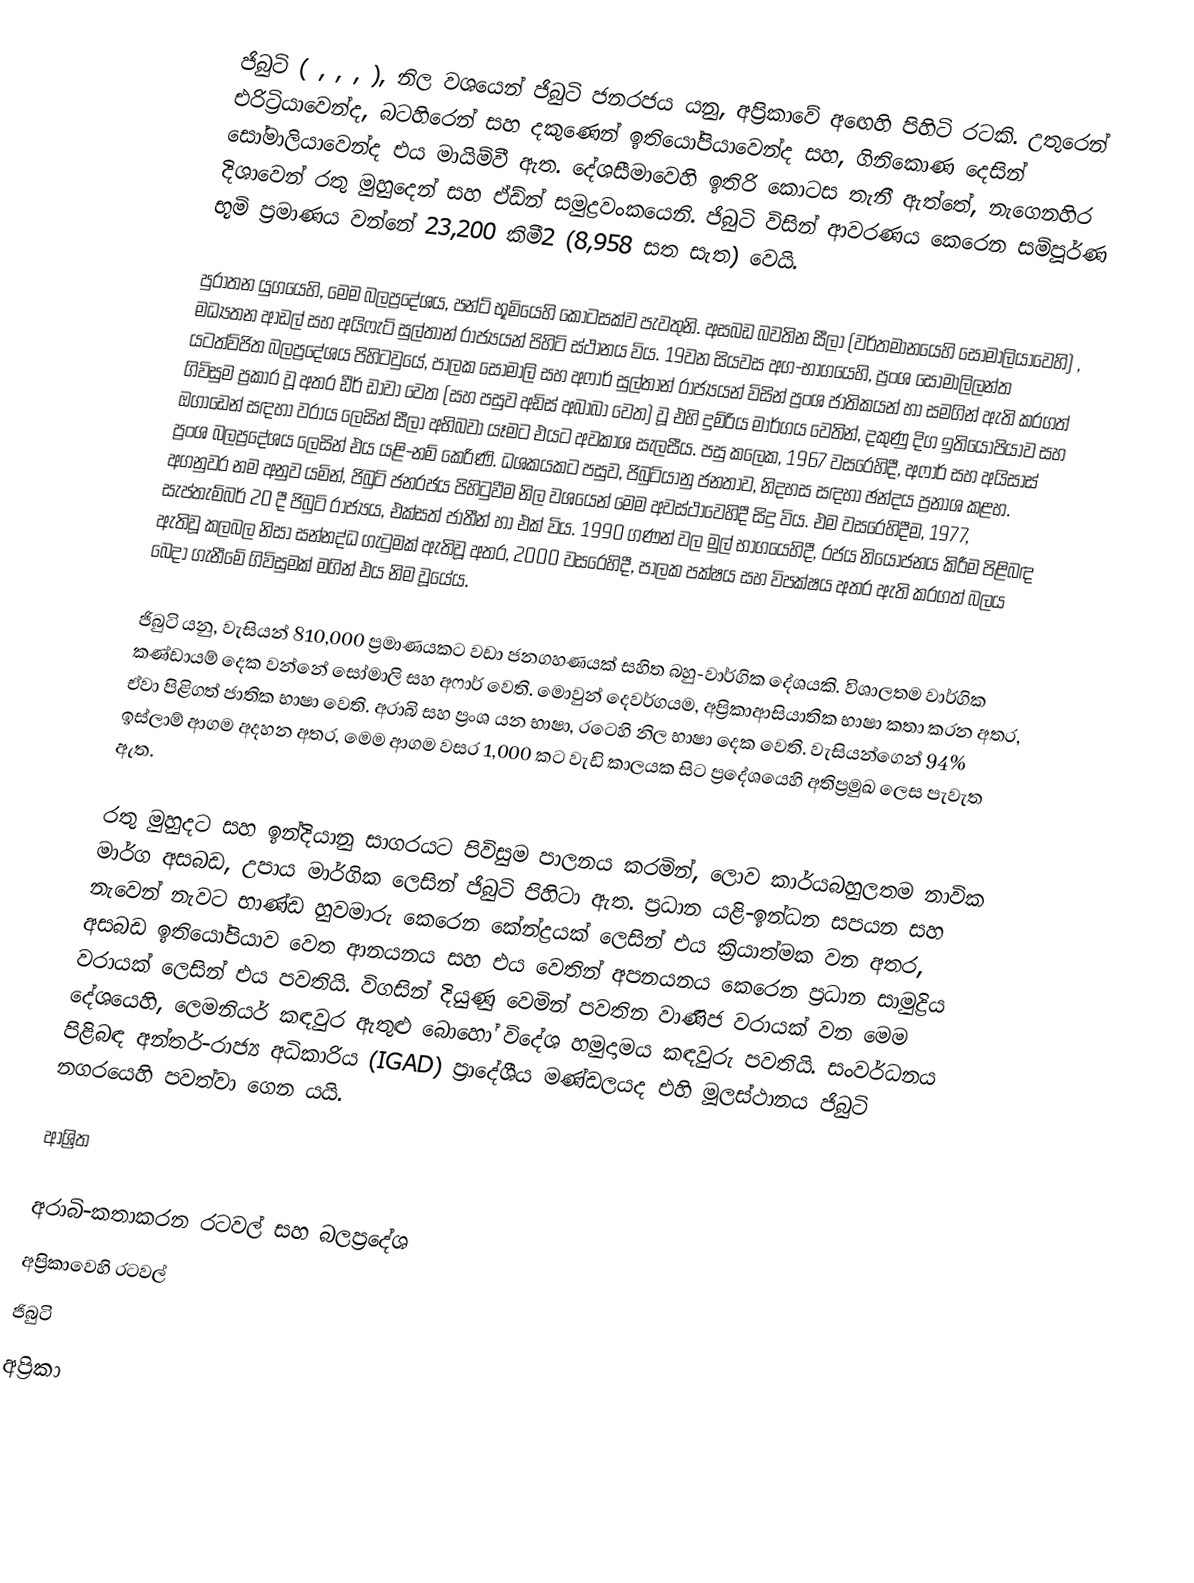
ජිබුටි ( , , , ), නිල වශයෙන්  ජිබුටි ජනරජය  යනු,  අප්‍රිකාවේ අඟෙහි පිහිටි රටකි. උතුරෙන්  එරිට්‍රියාවෙන්ද, බටහිරෙන් සහ දකුණෙන් ඉතියෝපියාවෙන්ද සහ, ගිනිකොණ දෙසින් සෝමාලියාවෙන්ද එය මායිම්වී ඇත.  දේශසීමාවෙහි ඉතිරි කොටස තැනී ඇත්තේ, නැගෙනහිර දිශාවෙන්  රතු මුහුදෙන් සහ ඒඩ්න් සමුද්‍රවංකයෙනි.  ජිබුටි විසින් ආවරණය කෙරෙන සම්පූර්ණ භූමි ප්‍රමාණය වන්නේ 23,200 කිමී2 (8,958 සත සැත)  වෙයි.

පුරාතන යුගයෙහි, මෙම බලප්‍රදේශය, පන්ට් භූමියෙහි කොටසක්ව පැවතුනි.  අසබඩ බවතින සීලා (වර්තමානයෙහි සෝමාලියාවෙහි) , මධ්‍යතන ආඩල් සහ අයිෆැට් සුල්තාන් රාජ්‍යයන් පිහිටි ස්ථානය විය.  19වන සියවස අග-භාගයෙහි,  ප්‍රංශ සෝමාලිලන්ත යටත්විජිත බලප්‍රදේශය පිහිටවුයේ, පාලක සෝමාලි සහ අෆාර් සුල්තාන් රාජ්‍යයන් විසින් ප්‍රංශ ජාතිකයන් හා සමගින් ඇති කරගත් ගිවිසුම ප්‍රකාර වූ අතර  ඩීර් ඩාවා වෙත (සහ පසුව අඩිස් අබාබා වෙත) වූ එහි දුම්රිය මාර්ගය වෙතින්,  දකුණු දිග  ඉතියෝපියාව සහ ඔගාඩෙන් සඳහා වරාය ලෙසින් සීලා  අභිබවා යෑමට එයට අවකාශ සැලසීය.   පසු කලෙක, 1967 වසරෙහිදී,  අෆාර් සහ අයිසාස් ප්‍රංශ බලප්‍රදේශය ලෙසින් එය යළි-නම් කෙරිණි. ධශකයකට පසුව, ජිබුටියානු ජනතාව, නිදහස සඳහා ඡන්දය ප්‍රනාශ කළහ. අගනුවර නම අනුව යමින්, ජිබුටි ජනරජය පිහිටුවීම නිල වශයෙන් මෙම අවස්ථාවෙහිදී සිදු විය.  එම වසරෙහිදීම, 1977, සැප්තැම්බර් 20 දී ජිබුටි රාජ්‍යය, එක්සත් ජාතීන් හා එක් විය.  1990 ගණන් වල මුල් භාගයෙහිදී, රජය නියෝජනය කිරීම පිළිබඳ ඇතිවූ කලබල නිසා සන්නද්ධ ගැටුමක් ඇතිවූ අතර, 2000 වසරෙහිදී, පාලක පක්ෂය සහ විපක්ෂය අතර ඇති කරගත් බලය බෙදා ගැනීමේ ගිවිසුමක් මගින්  එය නිම වූයේය.

ජිබුටි යනු,  වැසියන් 810,000 ප්‍රමාණයකට වඩා  ජනගහණයක් සහිත  බහු-වාර්ගික දේශයකි.  විශාලතම වාර්ගික කණ්ඩායම් දෙක වන්නේ සෝමාලි සහ අෆාර් වෙති. මොවුන් දෙවර්ගයම, අප්‍රිකාආසියාතික භාෂා කතා කරන අතර, ඒවා පිළිගත් ජාතික භාෂා වෙති. අරාබි සහ ප්‍රංශ යන භාෂා, රටෙහි නිල භාෂා දෙක වෙති. වැසියන්ගෙන්  94% ඉස්ලාම් ආගම අදහන අතර, මෙම ආගම වසර 1,000 කට වැඩි කාලයක සිට ප්‍රදේශයෙහි අතිප්‍රමුඛ ලෙස පැවැත ඇත.

රතු මුහුදට සහ ඉන්දියානු සාගරයට  පිවිසුම පාලනය කරමින්, ලොව කාර්යබහුලතම නාවික මාර්ග අසබඩ, උපාය මාර්ගික ලෙසින් ජිබුටි පිහිටා ඇත. ප්‍රධාන යළි-ඉන්ධන සපයන සහ නැවෙන් නැවට භාණ්ඩ හුවමාරු කෙරෙන කේන්ද්‍රයක් ලෙසින් එය ක්‍රියාත්මක වන අතර, අසබඩ ඉතියෝපියාව වෙත ආනයනය සහ එය වෙතින් අපනයනය කෙරෙන ප්‍රධාන සාමුද්‍රිය වරායක් ලෙසින් එය පවතියි. විගසින් දියුණු වෙමින් පවතින වාණිජ වරායක් වන මෙම දේශයෙහි, ලෙමනියර් කඳවුර ඇතුළු බොහෝ විදේශ හමුදාමය කඳවුරු පවතියි. සංවර්ධනය පිළිබඳ අන්තර්-රාජ්‍ය අධිකාරිය (IGAD) ප්‍රාදේශීය මණ්ඩලයද එහි මූලස්ථානය ජිබුටි නගරයෙහි පවත්වා ගෙන යයි.

ආශ්‍රිත

අරාබි-කතාකරන රටවල් සහ බලප්‍රදේශ
අප්‍රිකාවෙහි රටවල්
ජිබුටි
අප්‍රිකා